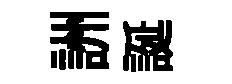
詶誕